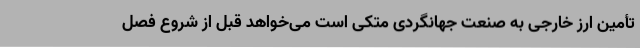
تأمین ارز خارجی به صنعت جهانگردی متکی است می‌خواهد قبل از شروع فصل